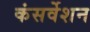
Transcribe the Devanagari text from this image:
कंसर्वेशन